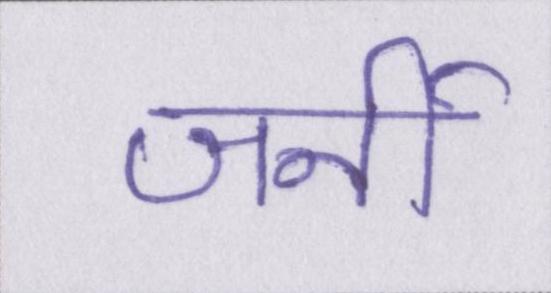
जर्नी